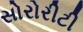
સોરોરીટી